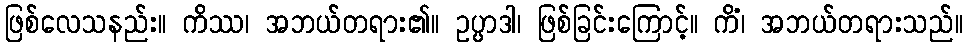
ဖြစ်လေသနည်း။ ကိဿ၊ အဘယ်တရား၏။ ဥပ္ပာဒါ၊ ဖြစ်ခြင်းကြောင့်။ ကိံ၊ အဘယ်တရားသည်။